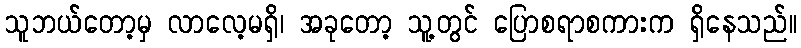
သူဘယ်တော့မှ လာလေ့မရှိ၊ အခုတော့ သူ့တွင် ပြောစရာစကားက ရှိနေသည်။